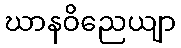
ဃာနဝိညေယျာ